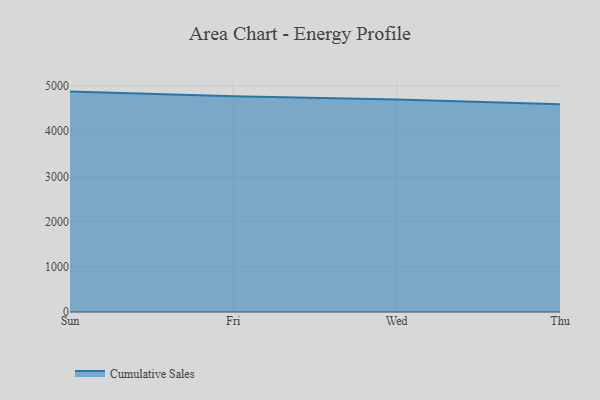
{"axis": {"x": "Day", "y": "Inventory Turnover"}, "legend": ["Cumulative Sales"], "data": [{"x": "Sun", "y": 4876.7, "type": "Cumulative Sales"}, {"x": "Fri", "y": 4775.6, "type": "Cumulative Sales"}, {"x": "Wed", "y": 4701.9, "type": "Cumulative Sales"}, {"x": "Thu", "y": 4596.8, "type": "Cumulative Sales"}]}